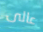
عالى